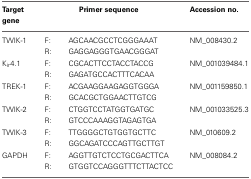
| Target | <COLSPAN=2> Primer sequence | Accession no. |
 | gene | <COLSPAN=2>  |  |
 | --- | --- | --- | --- |
 | TWIK-1 | F: | AGCAACGCCTCGGGAAAT | NM_008430.2 |
 |  | R: | GAGGAGGGTGAACGGGAT |  |
 | Kir4.1 | F: | CGCACTTCCTACCTACCG | NM_001039484.1 |
 |  | R: | GAGATGCCACTTTCACAA |  |
 | TREK-1 | F: | ACGAAGGAAGAGGTGGGA | NM_001159850.1 |
 |  | R: | GCACGCTGGAACTTGTCG |  |
 | TWIK-2 | F: | CTGGTCCTATGGTGATGC | NM_001033525.3 |
 |  | R: | GTCCCAAAGGTAGAGTGA |  |
 | TWIK-3 | F: | TTGGGGCTGTGGTGCTTC | NM_010609.2 |
 |  | R: | GGCAGATCCCAGTTGCTTGT |  |
 | GAPDH | F: | AGGTTGTCTCCTGCGACTTCA | NM_008084.2 |
 |  | R: | GTGGTCCAGGGTTTCTTACTCC |  |